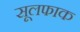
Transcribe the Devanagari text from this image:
सूलफाक